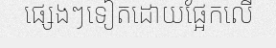
ផ្សេងៗទៀតដោយផ្អែកលើ